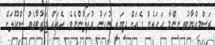
ރަސްމިއްޔާތު ނިންމާ އަހަރެން ގެއަށް ދިޔައީ ނުހަނު އުފަލުންނެވެ. އެތައް ޖަޒުބާތެއް ސްކޫލަށް